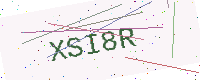
Text: XSI8R